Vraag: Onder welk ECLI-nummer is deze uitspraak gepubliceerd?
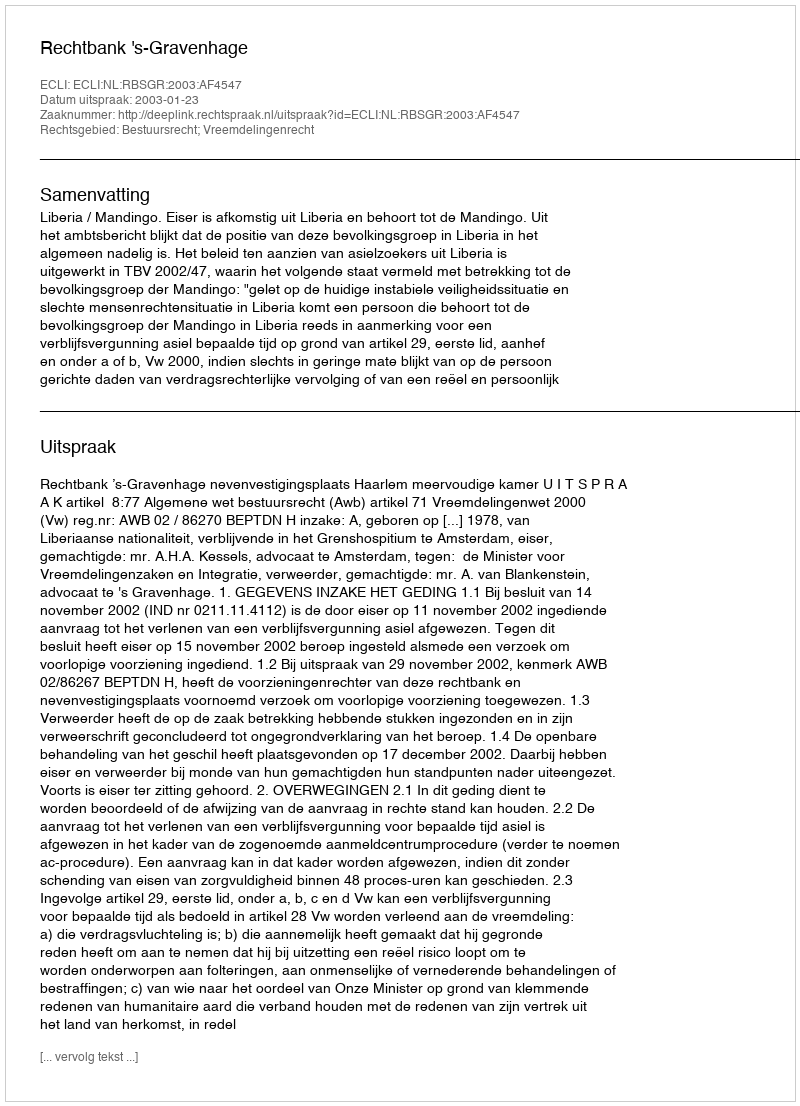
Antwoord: ECLI:NL:RBSGR:2003:AF4547